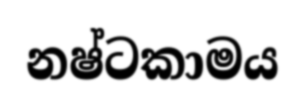
නෂ්ටකාමය